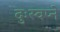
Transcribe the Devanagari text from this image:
दुःस्वप्ने